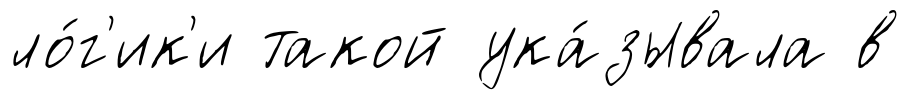
ло́г'ик'и такой ука́зывала в